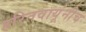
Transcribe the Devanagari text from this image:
हरितवायूंनीच